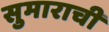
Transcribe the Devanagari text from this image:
सुमाराची